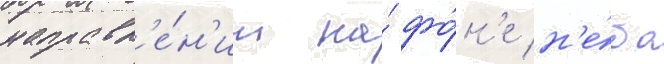
направл'е́н'ии на́ фо́н'е н'е́ба